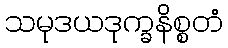
သမုဒယဒုက္ခနိစ္စတံ